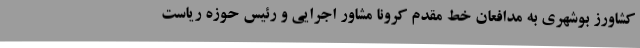
کشاورز بوشهری به مدافعان خط مقدم کرونا مشاور اجرایی و رئیس حوزه ریاست